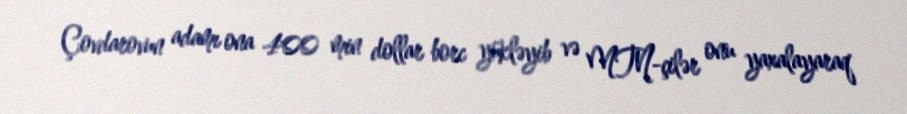
Çovdarovun adamı ona 400 min dollar borc yükləyib və MTN-çilər onu yaxalayaraq